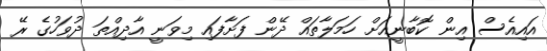
އައިއެސް އިން ކޮބާނީއަށް ހަމަލާތައް ދޭން ފަށާފައި މިވަނީ އާދިއްތަ ދުވަހުގެ ރޭ